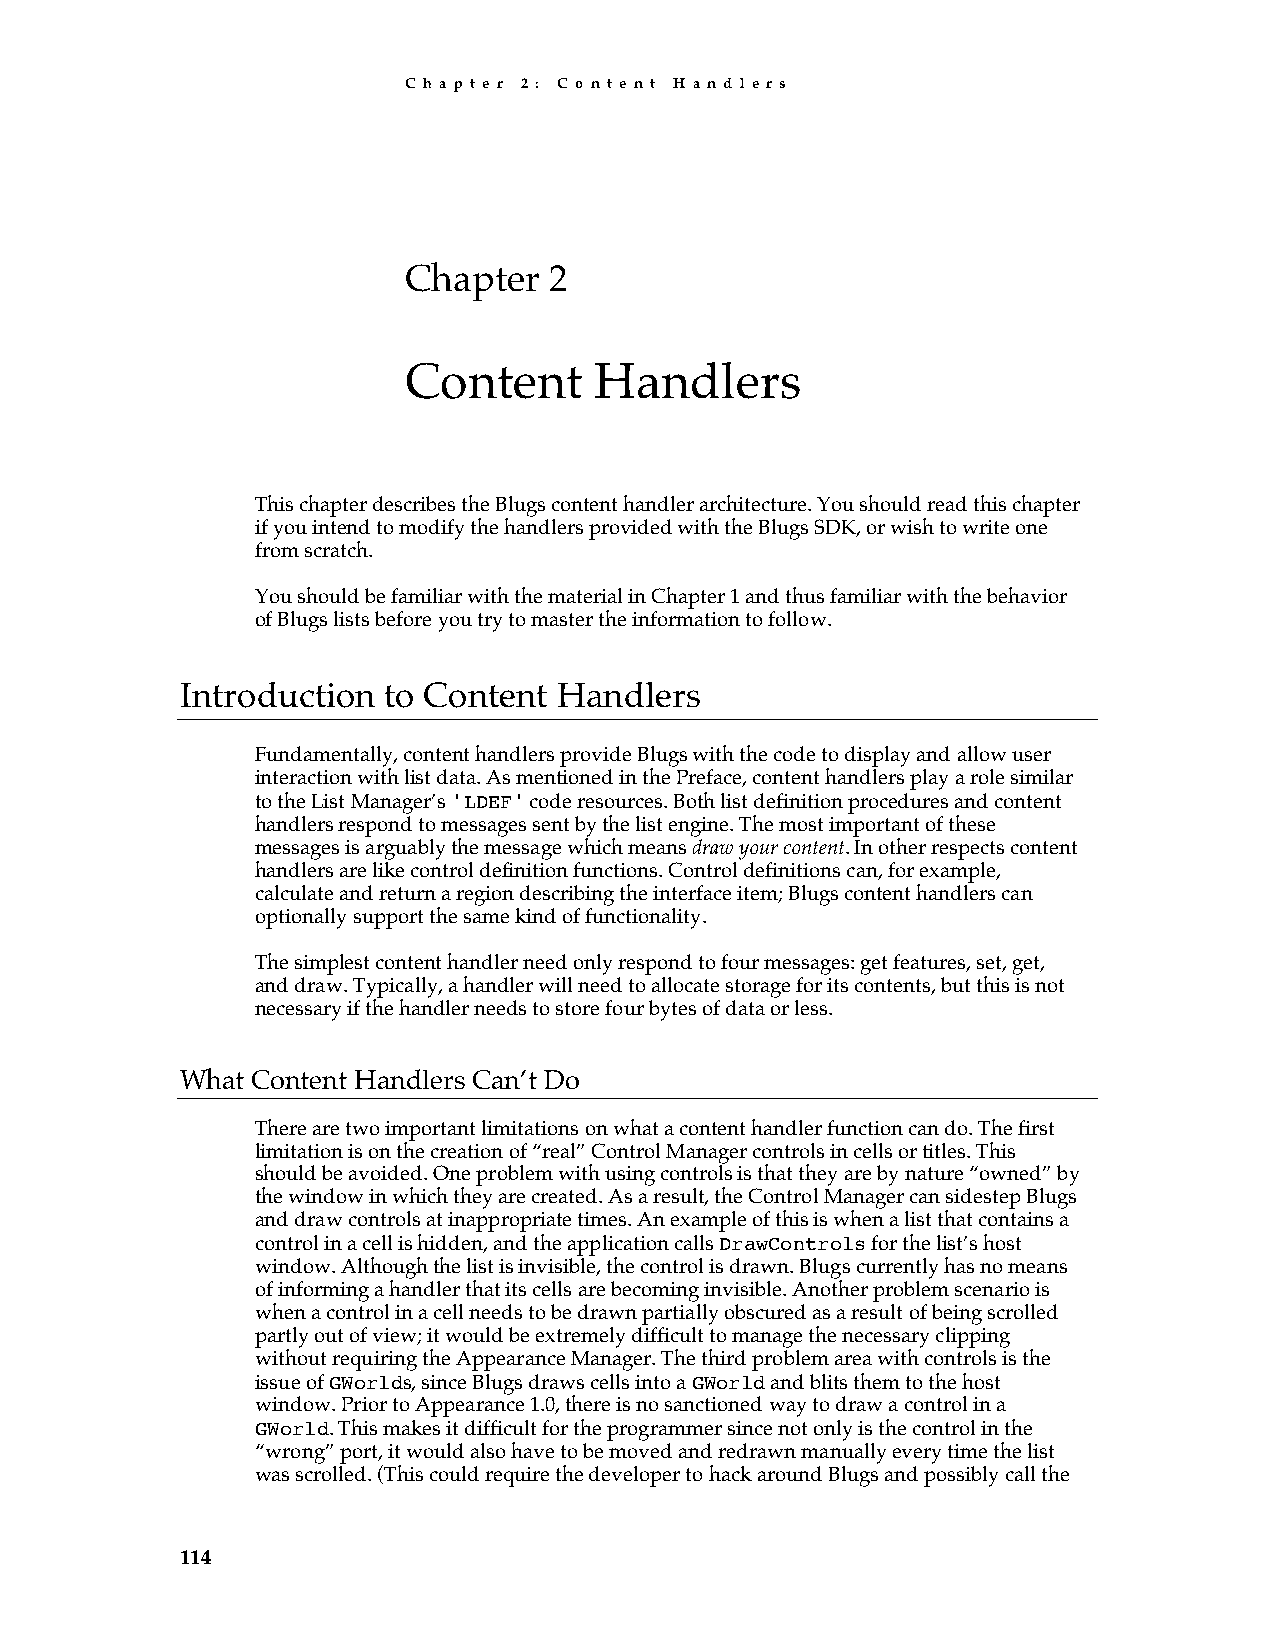
C h a p t e r 2 : C o n t e n t H a n d l e r s
 Chapter  2
 Content     Handlers
 This chapter describes the Blugs content handler architecture. You should read this chapter
 if you intend to modify the handlers provided with the Blugs SDK, or wish to write one
 from scratch.
 You should be familiar with the material in Chapter 1 and thus familiar with the behavior
 of Blugs lists before you try to master the information to follow.
 Introduction to Content  Handlers
 Fundamentally, content handlers provide Blugs with the code to display and allow user
 interaction with list data. As mentioned in the Preface, content handlers play a role similar
 to the List Manager’s 'LDEF' code resources. Both list definition procedures and content
 handlers respond to messages sent by the list engine. The most important of these
 messages is arguably the message which means draw your content. In other respects content
 handlers are like control definition functions. Control definitions can, for example,
 calculate and return a region describing the interface item; Blugs content handlers can
 optionally support the same kind of functionality.
 The simplest content handler need only respond to four messages: get features, set, get,
 and draw. Typically, a handler will need to allocate storage for its contents, but this is not
 necessary if the handler needs to store four bytes of data or less.
 What Content Handlers Can’t Do
 There are two important limitations on what a content handler function can do. The first
 limitation is on the creation of “real” Control Manager controls in cells or titles. This
 should be avoided. One problem with using controls is that they are by nature “owned” by
 the window in which they are created. As a result, the Control Manager can sidestep Blugs
 and draw controls at inappropriate times. An example of this is when a list that contains a
 control in a cell is hidden, and the application calls DrawControls for the list’s host
 window. Although the list is invisible, the control is drawn. Blugs currently has no means
 of informing a handler that its cells are becoming invisible. Another problem scenario is
 when a control in a cell needs to be drawn partially obscured as a result of being scrolled
 partly out of view; it would be extremely difficult to manage the necessary clipping
 without requiring the Appearance Manager. The third problem area with controls is the
 issue of GWorlds, since Blugs draws cells into a GWorld and blits them to the host
 window. Prior to Appearance 1.0, there is no sanctioned way to draw a control in a
 GWorld. This makes it difficult for the programmer since not only is the control in the
 “wrong” port, it would also have to be moved and redrawn manually every time the list
 was scrolled. (This could require the developer to hack around Blugs and possibly call the
 114